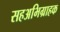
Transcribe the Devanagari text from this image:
सहअभिग्राहक